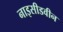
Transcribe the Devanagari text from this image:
नाइसीडवीन